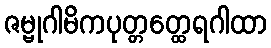
ဇမ္ဗုဂါမိကပုတ္တတ္ထေရဂါထာ